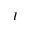
I